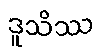
ဒူသိဿ